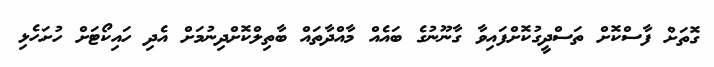
ގޮތަށް ފާސްކޮށް ތަސްދީގުކޮށްފައިވާ ގާނޫނުގެ ބައެއް މާއްދާތައް ބާތިލްކޮށްދިނުމަށް އެދި ހައިކޯޓަށް ހުށަހެޅި